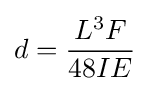
d={\frac {L^{3}F}{48IE}}